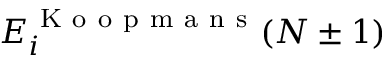
E _ { i } ^ { \mathrm { ~ K ~ o ~ o ~ p ~ m ~ a ~ n ~ s ~ } } ( N \pm 1 )